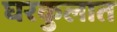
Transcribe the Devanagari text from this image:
घरकुलात